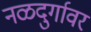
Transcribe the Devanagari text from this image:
नळदुर्गावर